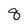
Character: 8